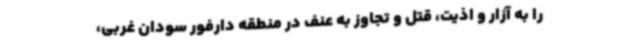
را به آزار و اذیت، قتل و تجاوز به عنف در منطقه دارفور سودان غربی،